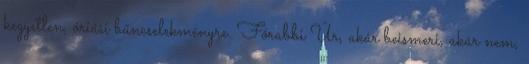
kegyetlen, óriási bűncselekményre. Főrabbi Úr, akár beismeri, akár nem,